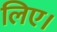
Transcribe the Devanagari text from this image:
लिए।